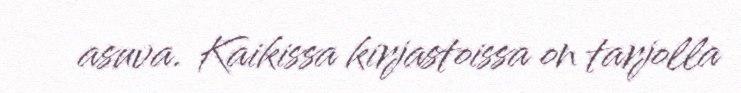
asuva. Kaikissa kirjastoissa on tarjolla